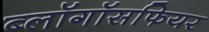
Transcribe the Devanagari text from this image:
ब्लॉगॉसफियर